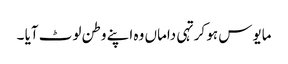
مایوس ہو کر تہی داماں وہ اپنے وطن لوٹ آیا ۔